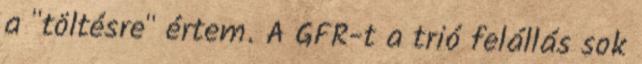
a "töltésre" értem. A GFR-t a trió felállás sok